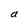
Character: a